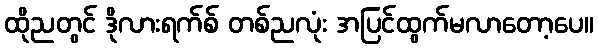
ထိုညတွင် ဒိုလားရက်စ် တစ်ညလုံး အပြင်ထွက်မလာတော့ပေ။